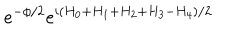
LaTeX: e ^ { - \phi / 2 } e ^ { i ( H _ { 0 } + H _ { 1 } + H _ { 2 } + H _ { 3 } - H _ { 4 } ) / 2 }